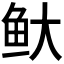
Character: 𬶃